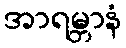
အာရမ္ဘာနံ